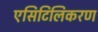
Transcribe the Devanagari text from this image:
एसिटिलिकरण